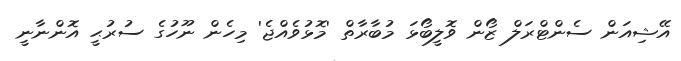
އޭޝިއަން ސެންޓްރަލް ޒޯން ވޮލީބޯޅަ މުބާރާތް 'މޮޅުވެއްޖެ' މިހެން ނޫހުގެ ސުރުޙީ އޮންނާނީ